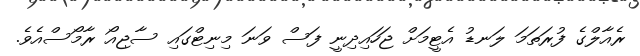
ރެއާލްގެ ފުރަތަމަ ލަނޑު އެޓީމަށް ޖަހައިދިނީ ފަސް ވަނަ މިނިޓްގައި ސާޖިއޯ ރާމޯސްއެވެ.